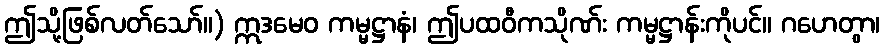
ဤသို့ဖြစ်လတ်သော်။) ဣဒမေဝ ကမ္မဋ္ဌာနံ၊ ဤပထဝီကသိုဏ်း ကမ္မဋ္ဌာန်းကိုပင်။ ဂဟေတွာ၊